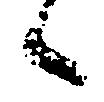
候